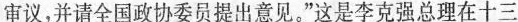
审议，并请全国政协委员提出意见。”这是李克强总理在十三